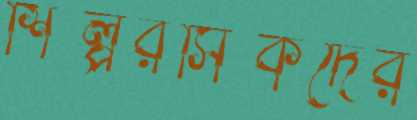
শিল্পরসিকদের